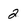
Character: 2